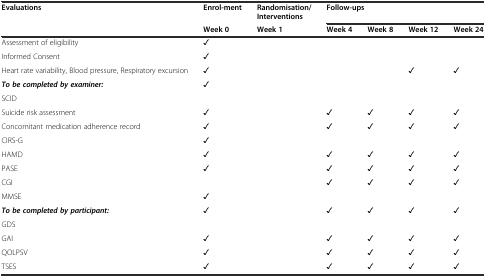
| Evaluations | Enrol-ment | Randomisation/Interventions | <COLSPAN=4> Follow-ups |
 |  | Week 0 | Week 1 | Week 4 | Week 8 | Week 12 | Week 24 |
 | --- | --- | --- | --- | --- | --- | --- |
 | Assessment of eligibility | ✓ |  |  |  |  |  |
 | Informed Consent | ✓ |  |  |  |  |  |
 | Heart rate variability, Blood pressure, Respiratory excursion | ✓ |  |  |  | ✓ | ✓ |
 | To be completed by examiner: | <ROWSPAN=2> ✓ | <ROWSPAN=2>  | <ROWSPAN=2>  | <ROWSPAN=2>  | <ROWSPAN=2>  | <ROWSPAN=2>  |
 | SCID |
 | Suicide risk assessment | ✓ |  | ✓ | ✓ | ✓ | ✓ |
 | Concomitant medication adherence record | ✓ |  | ✓ | ✓ | ✓ | ✓ |
 | CIRS-G | ✓ |  |  |  |  |  |
 | HAMD | ✓ |  | ✓ | ✓ | ✓ | ✓ |
 | PASE | ✓ |  | ✓ | ✓ | ✓ | ✓ |
 | CGI |  |  | ✓ | ✓ | ✓ | ✓ |
 | MMSE | ✓ |  |  |  |  |  |
 | To be completed by participant: | <ROWSPAN=2> ✓ | <ROWSPAN=2>  | <ROWSPAN=2> ✓ | <ROWSPAN=2> ✓ | <ROWSPAN=2> ✓ | <ROWSPAN=2> ✓ |
 | GDS |
 | GAI | ✓ |  | ✓ | ✓ | ✓ | ✓ |
 | QOLPSV | ✓ |  | ✓ | ✓ | ✓ | ✓ |
 | TSES | ✓ |  | ✓ | ✓ | ✓ | ✓ |